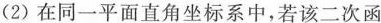
(2)在同一平面直角坐标系中，若该二次函